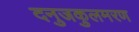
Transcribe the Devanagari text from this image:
दनुजकुलमरण